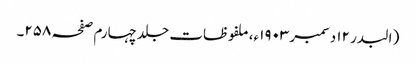
( البدر ۱۲ دسمبر ۱۹۰۳ء، ملفوظات جلد چہارم صفحہ ۲۵۸۔